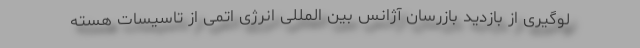
لوگیری از بازدید بازرسان آژانس بین المللی انرژی اتمی از تاسیسات هسته